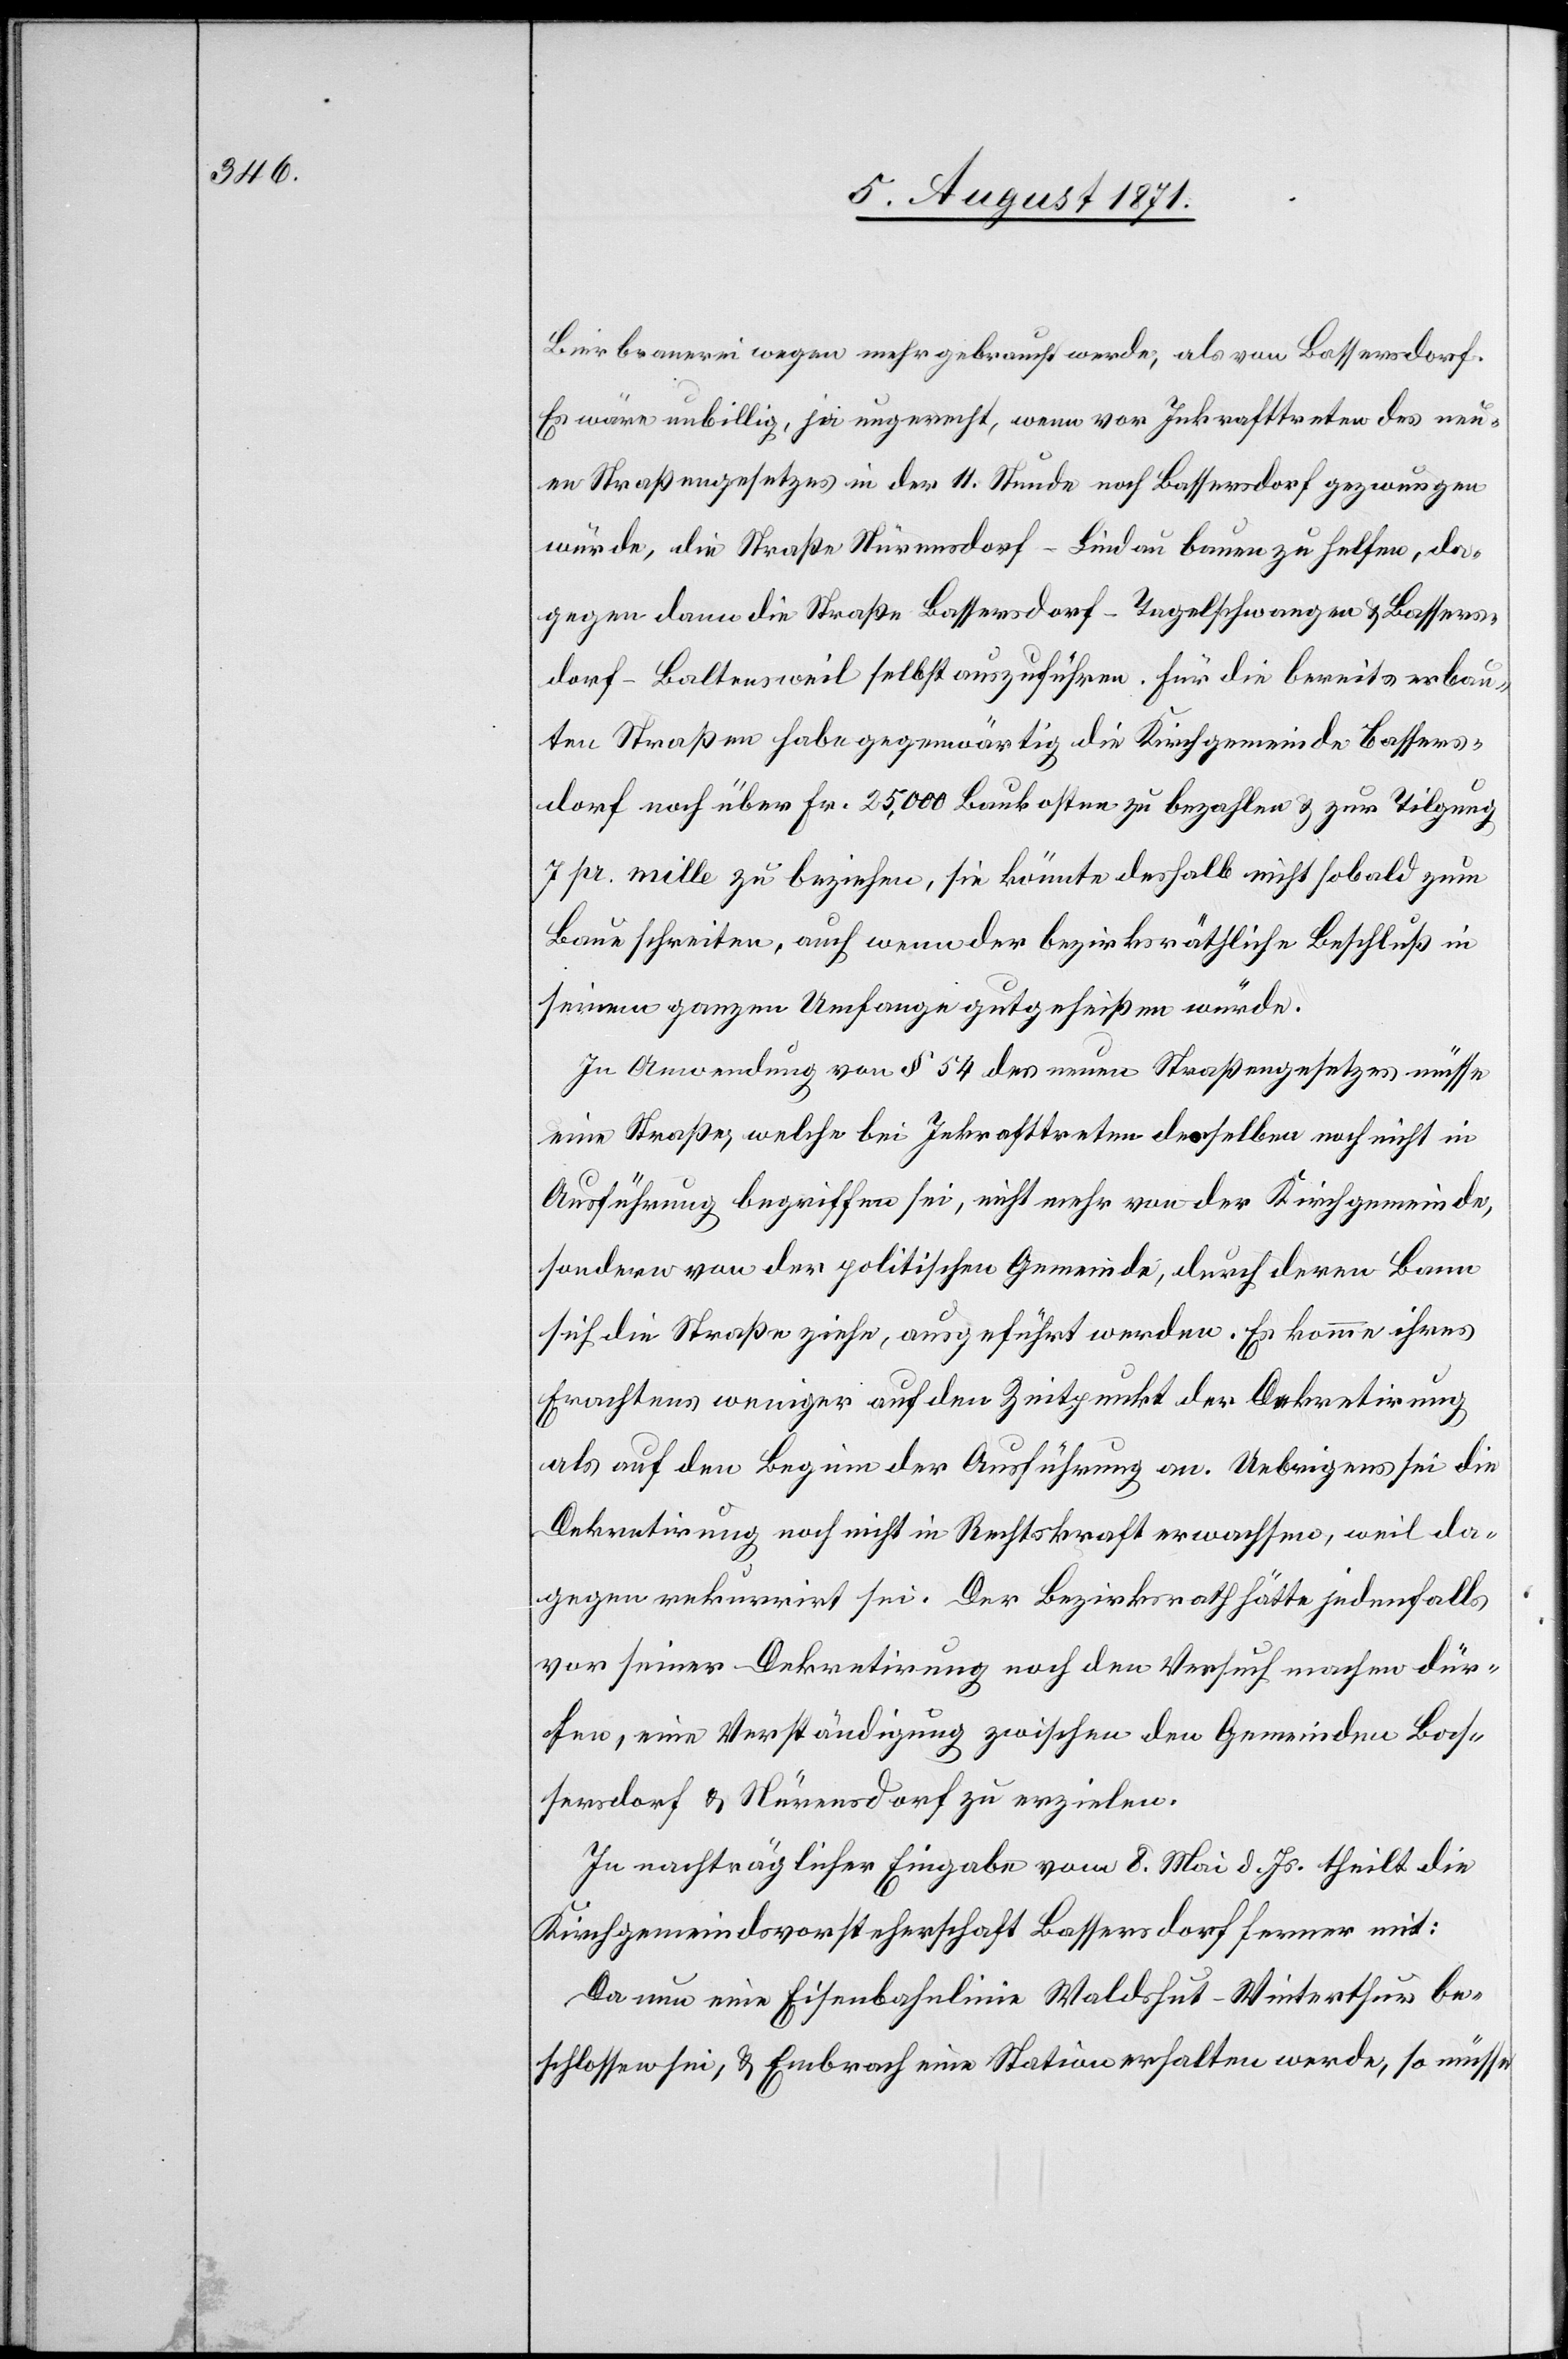
Bierbrauerei wegen mehr gebraucht werde, als von Bassersdorf.
Es wäre unbillig, ja ungerecht, wenn vor Inkrafttreten des neu¬
en Straßengesetzes in der 11. Stunde noch Bassersdorf gezwungen
würde, die Straße Nürensdorf–Lindau bauen zu helfen, da¬
gegen dann die Straße Bassersdorf–Tagelschwangen u. Bassers¬
dorf–Baltensweil selbst auszuführen. Für die bereits erbau¬
ten Straßen habe gegenwärtig die Kirchgemeinde Bassers¬
dorf noch über Fr. 25,000 Baukosten zu bezahlen u. zur Tilgung
7 pr. mille zu beziehen, sie könnte deshalb nicht sobald zum
Baue schreiten, auch wenn der bezirksräthliche Beschluß in
seinem ganzen Umfange gutgeheißen würde.
In Anwendung von § 54 des neuen Straßengesetzes müsse
eine Straße, welche bei Inkrafttreten desselben noch nicht in
Ausführung begriffen sei, nicht mehr von der Kirchgemeinde,
sondern von der politischen Gemeinde, durch deren Bann
sich die Straße ziehe, ausgeführt werden. Es komme ihres
Erachtens weniger auf den Zeitpunkt der Dekretirung
als auf den Beginn der Ausführung an. Uebrigens sei die
Dekretirung noch nicht in Rechtskraft erwachsen, weil da¬
gegen rekurrirt sei. Der Bezirksrath hätte jedenfalls
vor seiner Dekretirung noch den Versuch machen dür¬
fen, eine Verständigung zwischen den Gemeinden Bas¬
sersdorf u. Nürensdorf zu erzielen.
In nachträglicher Eingabe vom 8. Mai d. Js. theilt die
Kirchgemeindsvorsteherschaft Bassersdorf ferner mit:
Da nun eine Eisenbahnlinie Waldshut–Winterthur be¬
schlossen sei, u. Embrach eine Station erhalten werde, so müsse